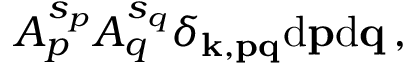
A _ { p } ^ { s _ { p } } A _ { q } ^ { s _ { q } } \delta _ { { \bf k } , { \bf p } { \bf q } } \mathrm { d } { \bf p } \mathrm { d } { \bf q } \, ,